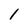
Character: 1